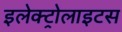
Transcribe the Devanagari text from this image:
इलेक्ट्रोलाइटस